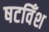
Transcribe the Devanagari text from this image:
षटविँश